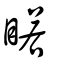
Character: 睰